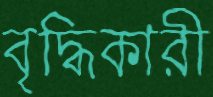
বৃদ্ধিকারী